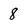
Character: 8